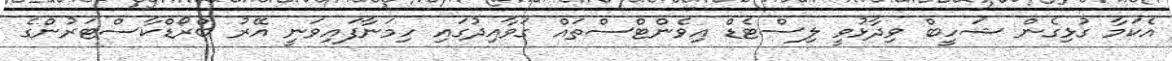
އެކަމާ ގުޅިގެން ޝަހީބް ވިދާޅުވީ ލިސްޓެޑް އިވެންޓްސްތައް ގަވާއިދުގައި ހިމަނާފައިވަނީ އޭރު ބްރޯޑްކާސްޓަރުންގެ